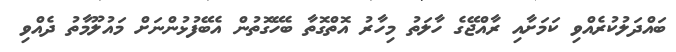
ބައްދަލުކުރެއްވި ކަމަށާއި ރާއްޖޭގެ ހާލަތު މިހާރު އޮތްގޮތާ ބެހޭގޮތުން އެބޭފުޅުންނަށް މައުލޫމާތު ދެއްވި